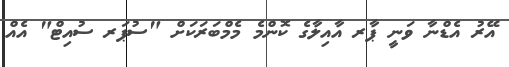
އޭރު އެޑްނާ ވަނީ ޕާރ އާއިލާގެ ކޮންމެ މެމްބަރަކަށް "ސުޕަރ ސުއިޓް" އެއް